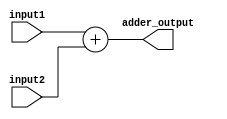
module adder_32bit (
    input  [31:0] input1,  // Input from the extender
    input  [31:0] input2,       // Input from the PC
    output [31:0] adder_output  // Output to the mux
);

    // Assuming a ripple-carry adder for this example
    wire [31:0] sum;
    assign sum = input1 + input2;

    assign adder_output = sum;  // Pass the sum as the branch target address

endmodule